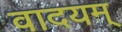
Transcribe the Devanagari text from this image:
वादयम्